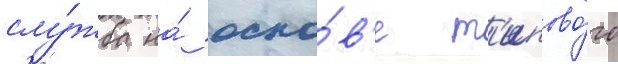
слу́жба на́ осно́в'е т'ипово́го